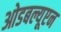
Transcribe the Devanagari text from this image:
ओडबल्यूएन